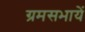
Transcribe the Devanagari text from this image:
ग्रमसभायें